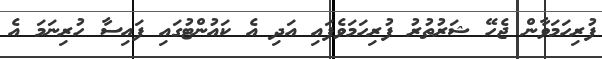
ފުރިހަމަވާން ޖެހޭ ޝަރުތުރު ފުރިހަމަވެފައި އަދި އެ ކައުންޓުގައި ފައިސާ ހުރިނަމަ އެ